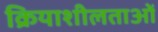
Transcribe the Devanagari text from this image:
क्रियाशीलताओं